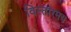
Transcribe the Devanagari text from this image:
विस्तारमय